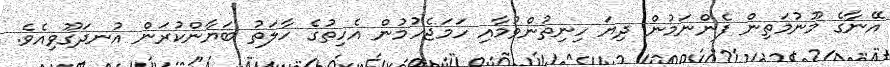
އޭނާގެ މޫނުމަތިން ފެންނަމުން ދިޔަ ހިނިތުންވުމާއި ހަމަޖެހުމުން އެހިތުގެ ހާލަތު ބަޔާންކުރަން އުނދަގޫވިއެވެ.